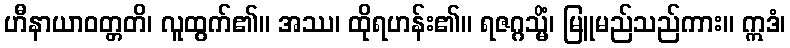
ဟီနာယာဝတ္တတိ၊ လူထွက်၏။ အဿ၊ ထိုရဟန်း၏။ ရဇဂ္ဂသ္မိံ၊ မြူမည်သည်ကား။ ဣဒံ၊